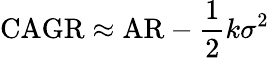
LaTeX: \mathrm{CAGR}\approx\mathrm{AR}-{\frac{1}{2}}k\sigma^{2}